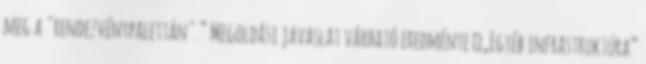
meg a "rendezvénypalettán".” Megoldási javaslat várható eredménye ▪„Egyéb infrastruktúra”